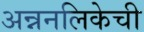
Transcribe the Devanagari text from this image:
अन्ननलिकेची